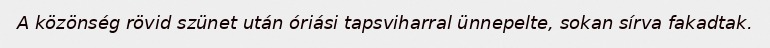
A közönség rövid szünet után óriási tapsviharral ünnepelte, sokan sírva fakadtak.